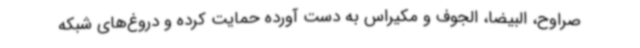
صراوح، البیضا، الجوف و مکیراس به دست آورده حمایت کرده و دروغ‌های شبکه